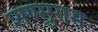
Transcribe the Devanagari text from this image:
शण्मुगम